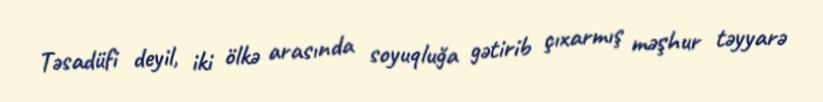
Təsadüfi deyil, iki ölkə arasında soyuqluğa gətirib çıxarmış məşhur təyyarə